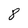
Character: 8